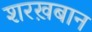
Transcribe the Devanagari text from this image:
शरख़बान